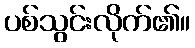
ပစ်သွင်းလိုက်၏။